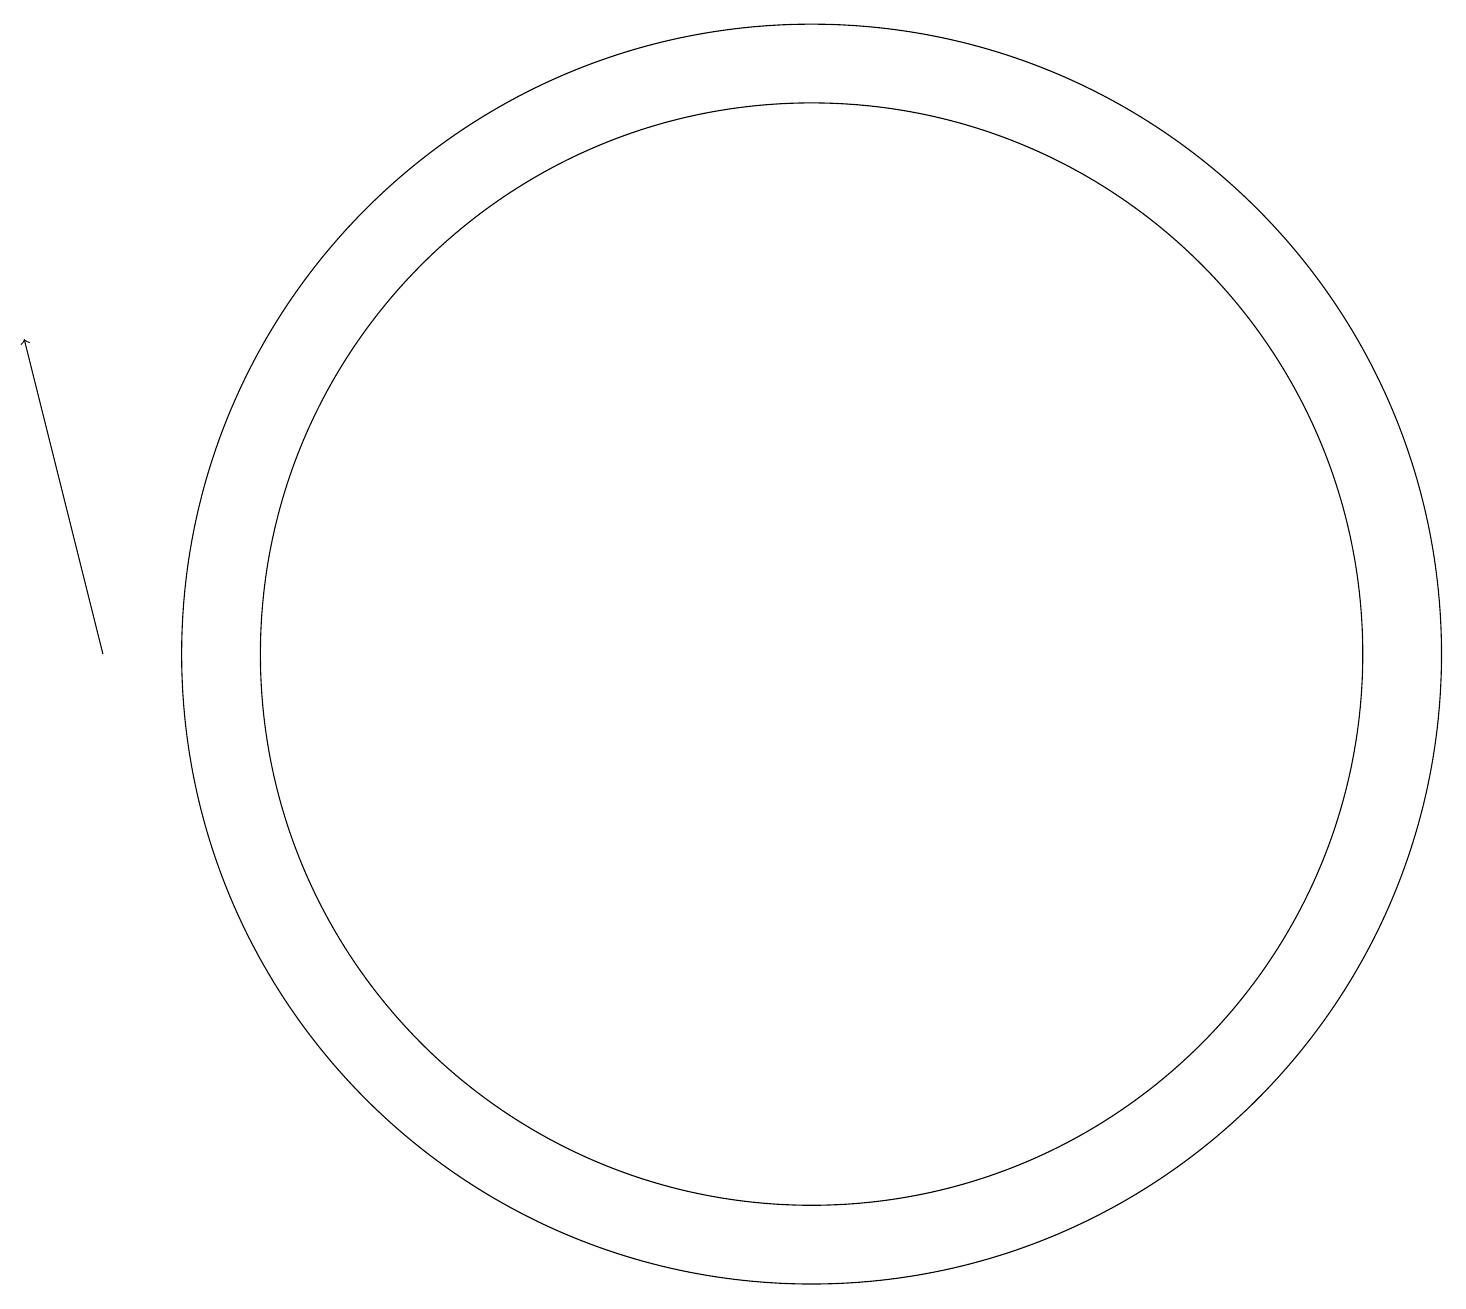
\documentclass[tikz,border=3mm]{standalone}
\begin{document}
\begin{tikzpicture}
\draw[->] (3,10) -- (2,14);
\draw (12,10) circle (7);
\draw (12,10) circle (8);
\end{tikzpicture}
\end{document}